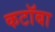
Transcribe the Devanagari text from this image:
कटॉबा